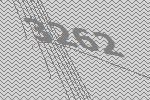
3262